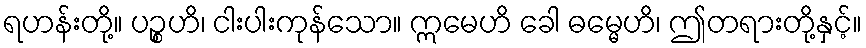
ရဟန်းတို့။ ပဉ္စဟိ၊ ငါးပါးကုန်သော။ ဣမေဟိ ခေါ ဓမ္မေဟိ၊ ဤတရားတို့နှင့်။